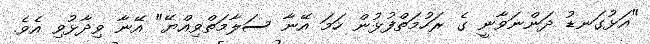
"އަޅުގަނޑު ދަންނަވާނީ ގެ ރަހުމަތްފުޅުން ހަމަ އޭނާ ސަލާމަތްވިއްޔޭ" އޭނާ ވިދާޅުވި އެވެ.